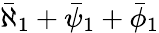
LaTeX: \bar{\aleph}_{1}+\bar{\psi}_{1}+\bar{\phi}_{1}